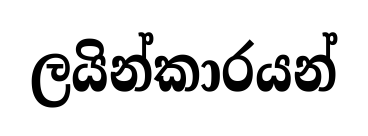
ලයින්කාරයන්